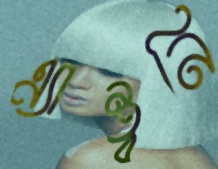
এ্যান্থনি